Vaccination in Bombay 1874-1876 - 1874-1876
Year: 1874
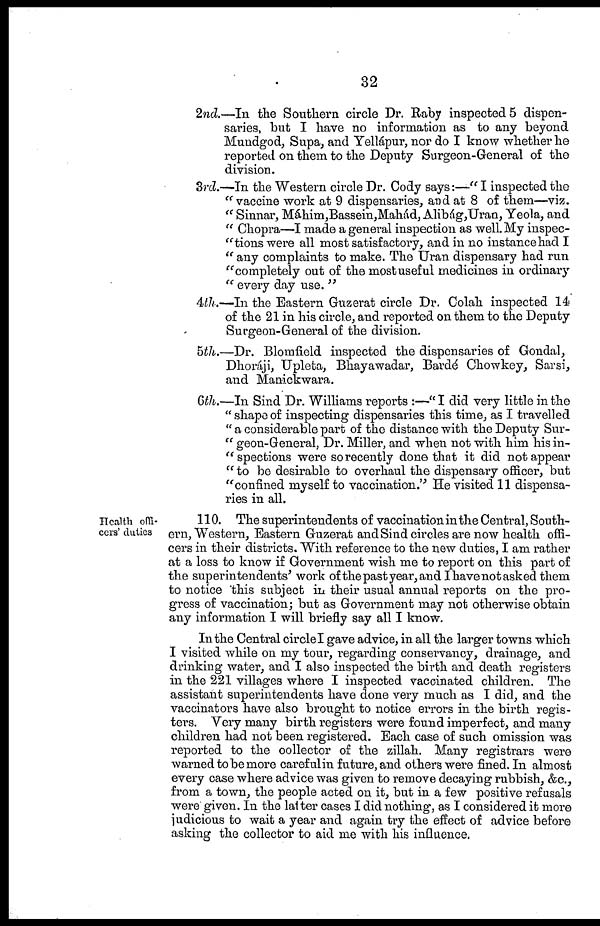
32
2nd.—In the Southern circle Dr. Raby inspected 5 dispen-
saries, but I have no information as to any beyond
Mundgod, Supa, and Yellápur, nor do I know whether he
reported on them to the Deputy Surgeon-General of the
division.
3rd.—In the Western circle Dr. Cody says:—" I inspected the
" vaccine work at 9 dispensaries, and at 8 of them—viz.
" Sinnar, Máhim,Bassein,Mahád, Alibág,Uran, Yeola, and
" Chopra—I made a general inspection as well. My inspec-
-tions were all most satisfactory, and in no instance had I
" any complaints to make. The Uran dispensary had run
"completely out of the most useful medicines in ordinary
" every day use. "
4th.—In the Eastern Guzerat circle Dr. Colah inspected 14
of the 21 in his circle, and reported on them to the Deputy
Surgeon-General of the division.
5th.—Dr. Blomfield inspected the dispensaries of Gondal,
Dhoráji, Upleta, Bhayawadar, Bardé Chowkey, Sarsi,
and Manickwara.
6th.—In Sind Dr. Williams reports :—" I did very little in the
" shape of inspecting dispensaries this time, as I travelled
" a considerable part of the distance with the Deputy Sur-
" geon-General, Dr. Miller, and when not with him his in-
-spections were so recently done that it did not appear
" to be desirable to overhaul the dispensary officer, but
"confined myself to vaccination." He visited 11 dispensa-
ries in all.
Health offi-
cers' duties
110. The superintendents of vaccination in the Central, South-
ern, Western, Eastern Guzerat and Sind circles are now health offi-
cers in their districts. With reference to the new duties, I am rather
at a loss to know if Government wish me to report on this part of
the superintendents' work of the past year, and I have not asked them
to notice 'this subject in their usual annual reports on the pro-
gress of vaccination; but as Government may not otherwise obtain
any information I will briefly say all I know.
In the Central circle I gave advice, in all the larger towns which
I visited while on my tour, regarding conservancy, drainage, and
drinking water, and I also inspected the birth and death registers
in the 221 villages where I inspected vaccinated children. The
assistant superintendents have done very much as I did, and the
vaccinators have also brought to notice errors in the birth regis-
ters. Very many birth registers were found imperfect, and many
children had not been registered. Each case of such omission was
reported to the collector of the zillah. Many registrars were
warned to be more careful in future, and others were fined. In almost
every case where advice was given to remove decaying rubbish, &c.,
from a town, the people acted on it, but in a few positive refusals
were given. In the latter cases I did nothing, as I considered it more
judicious to wait a year and again try the effect of advice before
asking the collector to aid me with his influence.